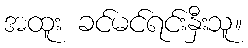
အထူး ခင်မင်ရင်းနှီးသူ။